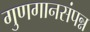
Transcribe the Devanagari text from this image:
गुणगानसंपन्न